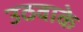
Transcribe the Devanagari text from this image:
उठवाके